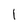
Character: 1